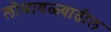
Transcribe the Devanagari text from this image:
लोणावळ्यातील